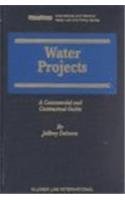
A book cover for Water Projects:A Commercial and Contractual Guide (International and National Water Law and Policy Series, 6); Jeffrey Delmon; Law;